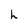
Character: h